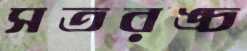
সতরঙ্চ